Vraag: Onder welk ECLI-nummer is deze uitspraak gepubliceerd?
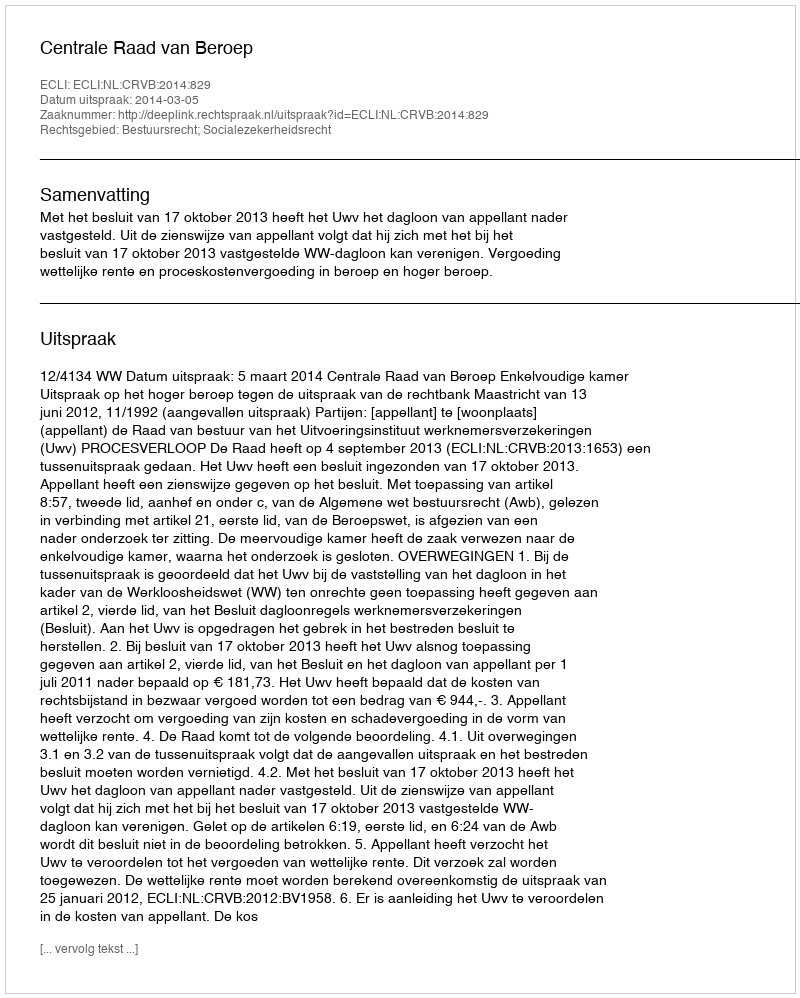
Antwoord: ECLI:NL:CRVB:2014:829